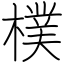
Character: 樸